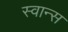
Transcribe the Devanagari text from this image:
स्वान्स